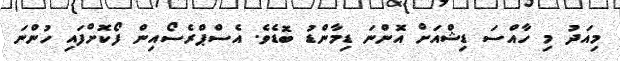
މިއަދު މި ހާއްސަ ޑިޝްއަށް އޮންނަ ޑިމާންޑު ބޮޑެވެ. އެސްޕްރެސޯއިން ފޯކޮށްފައި ހުންނަ